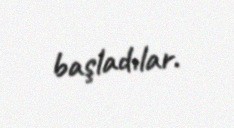
başladılar.